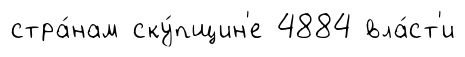
стра́нам ску́пщин'е 4884 вла́ст'и